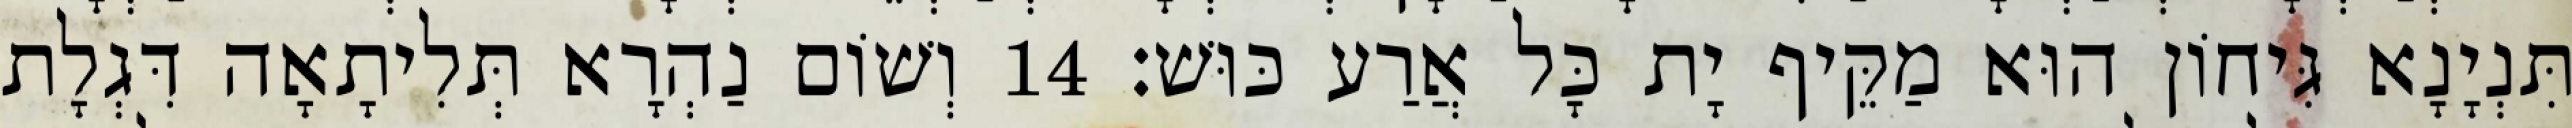
תִּנְיָנָא גִּיחוֹן הוּא מַקֵּיף יָת כָּל אֲרַע כּוּשׁ׃ 14 וְשׁוֹם נַהְרָא תְּלִיתָאָה דִּגְלָת